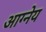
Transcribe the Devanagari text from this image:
आग्‍नेय